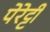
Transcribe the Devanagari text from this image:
पेरेट्टी